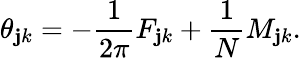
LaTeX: \theta_{\mathbf{j}k}=-{\frac{{1}}{{2\pi}}}F_{\mathbf{j}k}+{\frac{{1}}{{N}}}M_{\mathbf{j}k}.